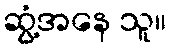
ဆွံ့အနေ သူ။